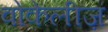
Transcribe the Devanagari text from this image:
वोकेलीज़